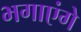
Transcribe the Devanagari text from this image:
भगाएंगे